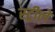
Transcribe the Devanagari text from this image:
स्ट्रीले